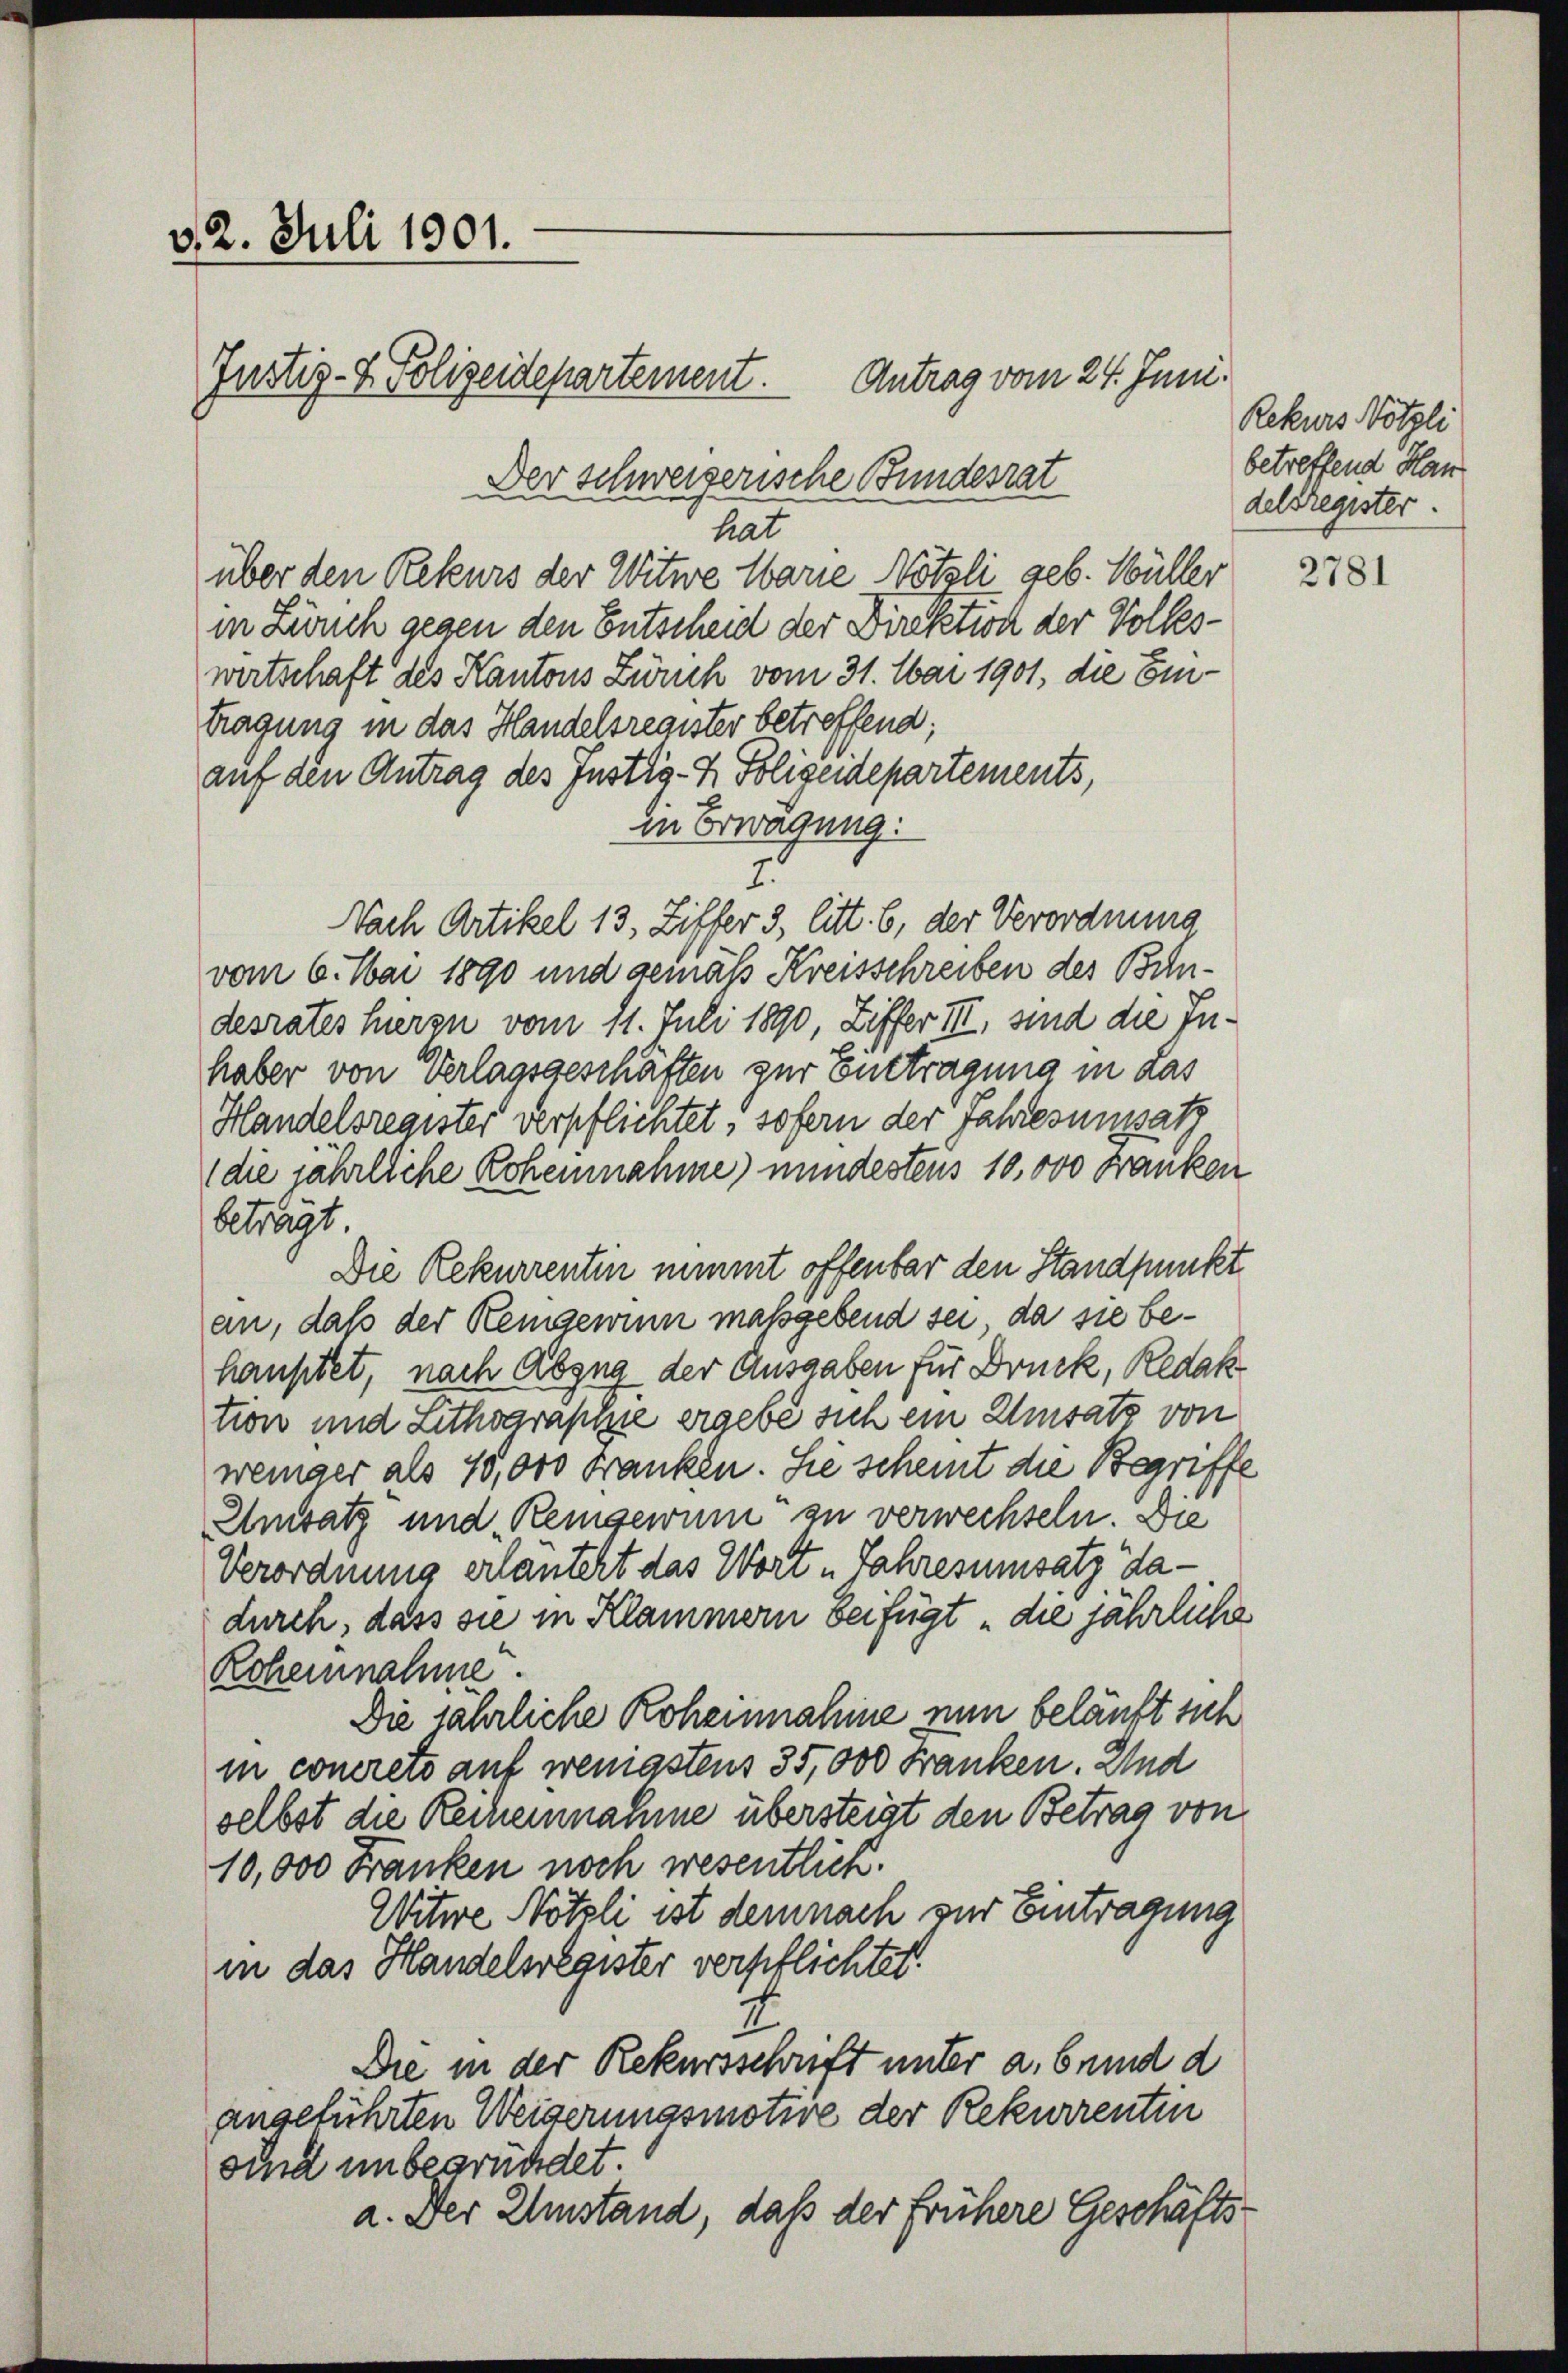
d. 2. Juli 1901.
Justiz- & Polizeidepartement.

Der schweizerische Bundesrat

hat
über den Rekurs der Witwe Marie Nötzli geb. Müller
in Zürich gegen den Entscheid der Direktion der Volkeswirtschaft des Kantons Zuuch vom 31. Mai 1901, die Eintragung in das Handelsregister betreffend;
auf den Antrag des Instig- & Polizeidepartements,
in Erwägung:
7.
Nach Artikel 13, Ziffer 3, litt. b, der Verordnung
vom 6. Mai 1890 und gemäß Kreisschreiben des Bindesrates herzu vom 11. Juli 1890, Ziffer III, sind die Inhaber von Verlagsgeschäften zur Eintragung in das
Handelsregister verpflichtet, sofern der Jahresumsatz
die jährliche Roheinnahme) mindestens 10,000 Franken
betragt.
Die Rekurrenten nimmt offenbar den Standpunkt
an, daß der Reingewinn maßgebend sei, da sie behauptet, nach Abzug der Ausgaben für Druck, Redak
tion und Lithwaraphie ergebe sich ein Umsatz von
weniger als 10,000 Franken. Sie scheint die Begriffe
Umsatz und Reingewinn zu verwechseln. Die
Verordnung erlautert das Wort „Jahresumsatz dadurch, dass sie in Klammern beifügt „die jährliche
Rohennahme.
Die jährliche Rohennahme nun beläuft sich
in concrets auf wenigstens 35,000 Franken. Und
selbst die Reineinnahme übersteigt den Betrag von
10,000 Franken noch wesentlich.
Witwe Nötzli ist demnach zur Eintragung
in das Handelsregister verpflichtet.
Die in der Rekursschrift unter a. beid d
angeführten Weiserungsmotive der Rekurrenten
sind unbegründet.
a. Der Umstand, daß der frühere Geschäfts¬

Antrag vom 24. Juni.

Rekurs Nötzli
betreffend Han
delsregister.

2781